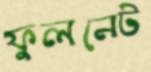
ফুলনেট